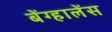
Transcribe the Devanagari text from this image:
बेंग्हालेंस